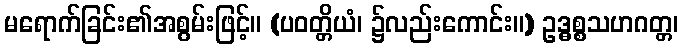
မရောက်ခြင်း၏အစွမ်းဖြင့်။ (ပဝတ္တိယံ၊ ၌လည်းကောင်း။) ဥဒ္ဓစ္စသဟဂတ္တ၊